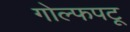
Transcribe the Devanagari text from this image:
गोल्फपटू